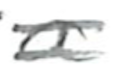
Text: a
Cross-out: double-line
Writing tool: pencil